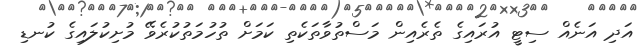
އަދި އަނެއް ސިޓީ އުރައިގެ ތެރެއިން މަސްތުވާތަކެތި ކަމަށް ތުހުމަތުކުރެވޭ މުށިކުލައިގެ ކުނޑި